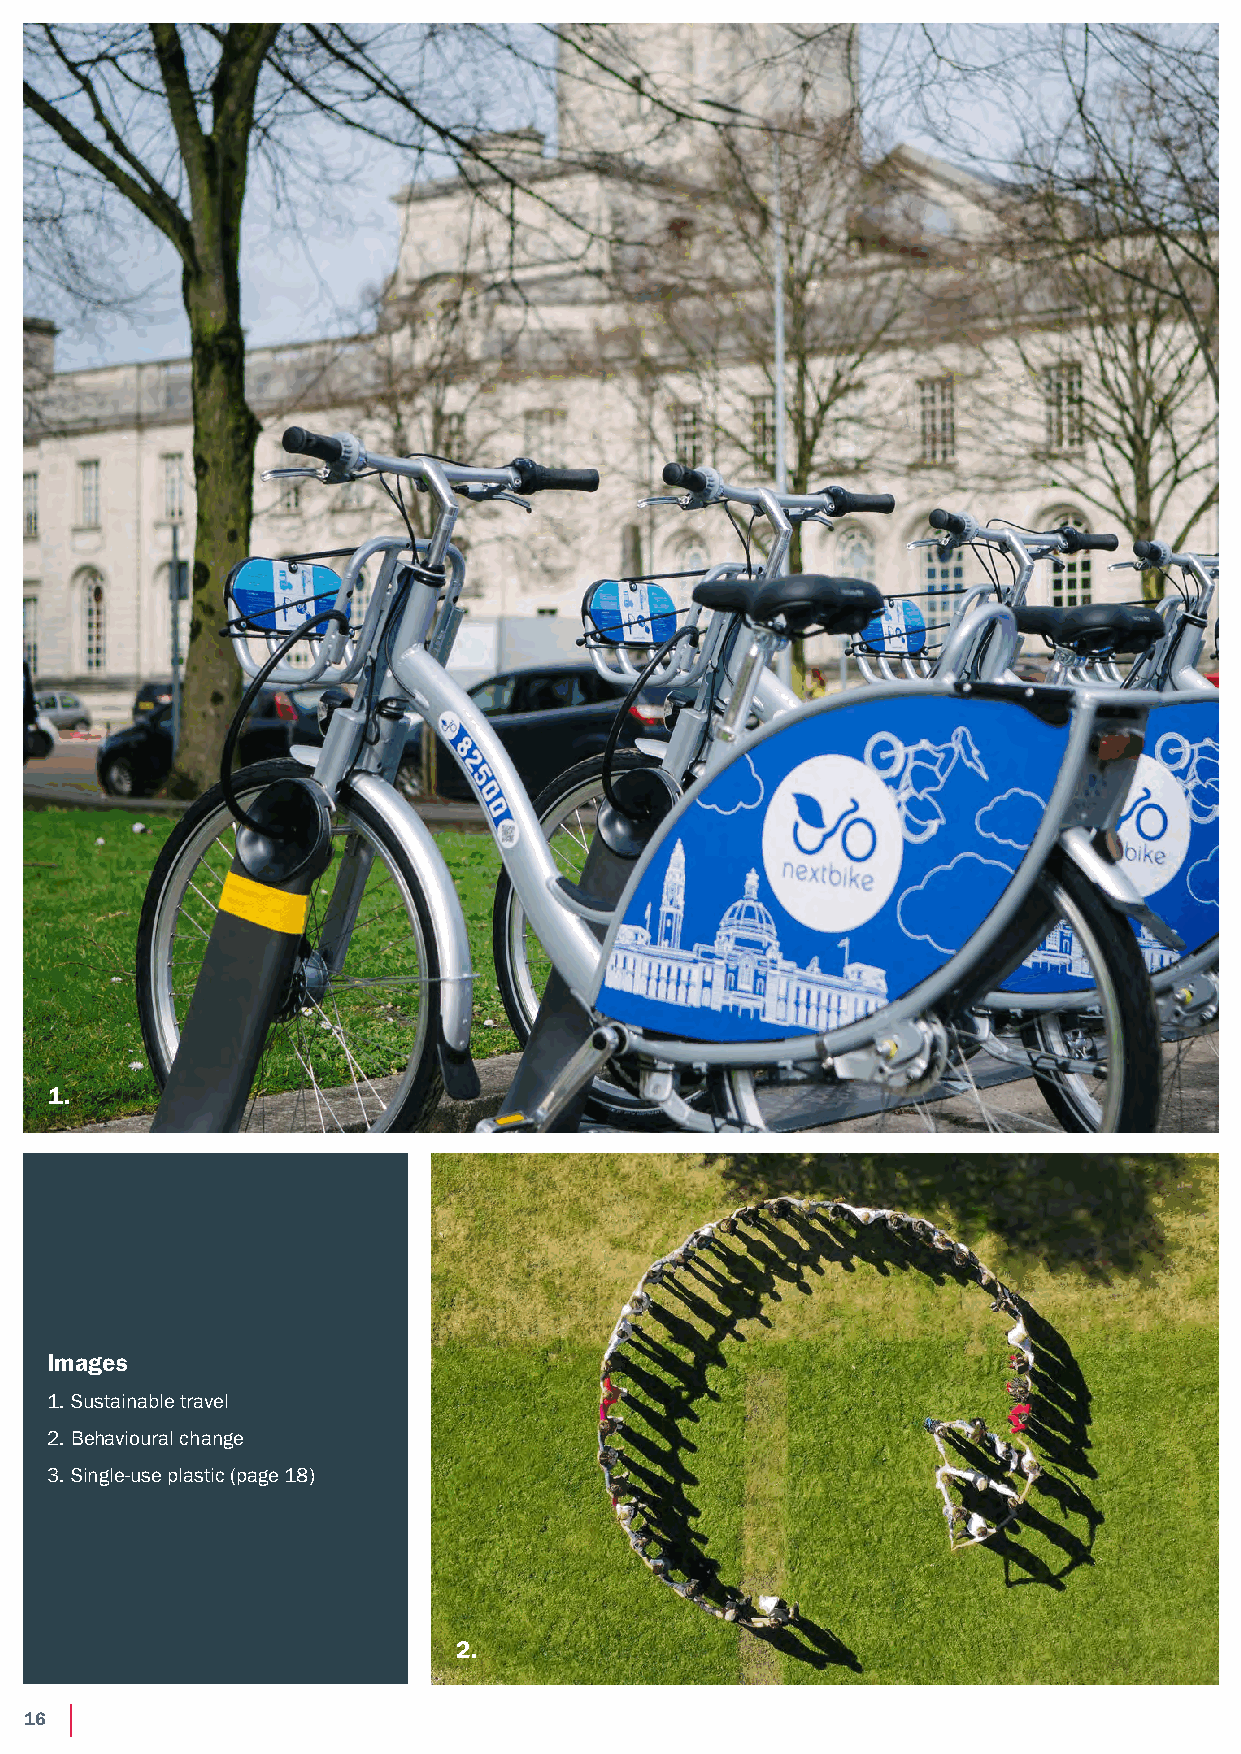
1.
 Images
 1. Sustainable travel
 2. Behavioural change
 3. Single-use plastic (page 18)
 2.
 16